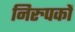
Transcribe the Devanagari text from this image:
निरुपकों